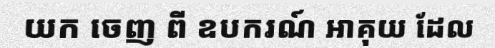
យក ចេញ ពី ឧបករណ៍ អាគុយ ដែល